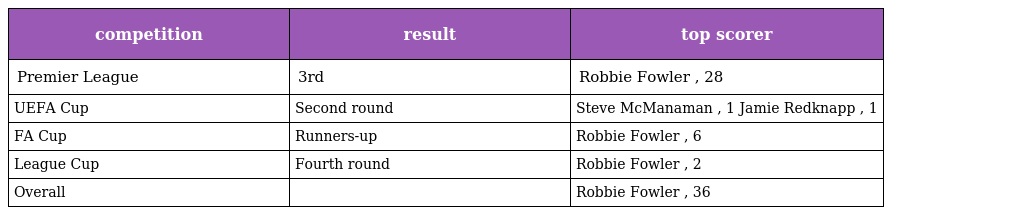
| competition | result | top scorer |
 | --- | --- | --- |
 | Premier League | 3rd | Robbie Fowler , 28 |
 | UEFA Cup | Second round | Steve McManaman , 1 Jamie Redknapp , 1 |
 | FA Cup | Runners-up | Robbie Fowler , 6 |
 | League Cup | Fourth round | Robbie Fowler , 2 |
 | Overall |  | Robbie Fowler , 36 |